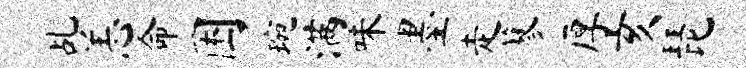
乩恙命困琬满味墨走蓼厚亥琵